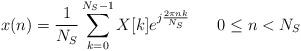
LaTeX: \begin{align*}x(n) = \frac{1}{N_S}\sum_{k=0}^{N_S-1}X[k]e^{j\frac{2\pi nk}{N_S}}\;\;\;\;\;\; 0\leq n < N_S\end{align*}